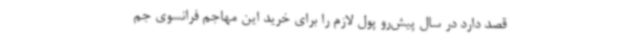
قصد دارد در سال پیش‌رو پول لازم را برای خرید این مهاجم فرانسوی جم